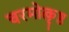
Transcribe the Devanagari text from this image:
चरमोत्कृष्ठ